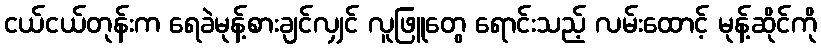
ငယ်ငယ်တုန်းက ရေခဲမုန့်စားချင်လျှင် လူဖြူတွေ ရောင်းသည့် လမ်းထောင့် မုန့်ဆိုင်ကို